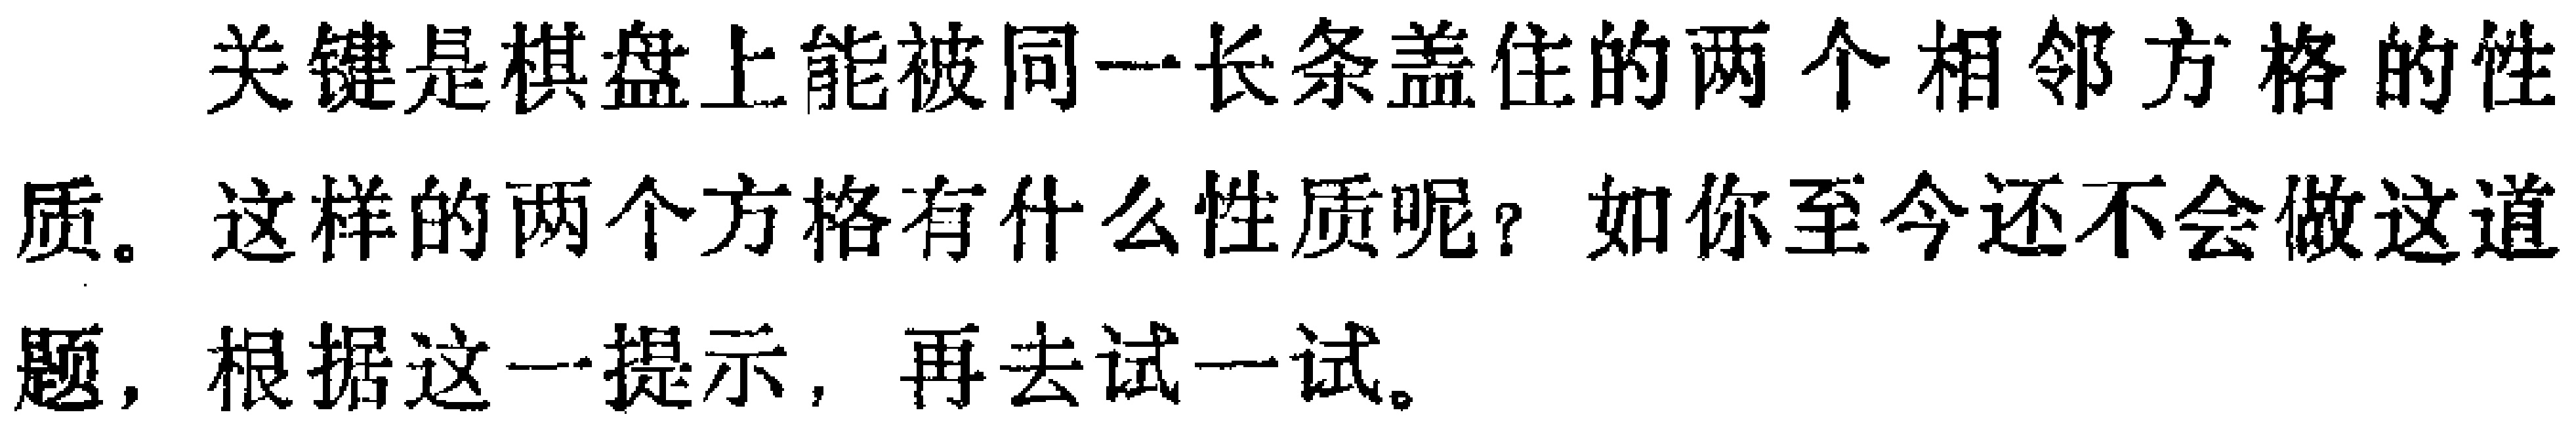
关键是棋盘上能被同一长条盖住的两个相邻方格的性

质。这样的两个方格有什么性质呢？如你至今还不会做这道

题，根据这一提示，再去试一试。